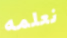
نعلمه